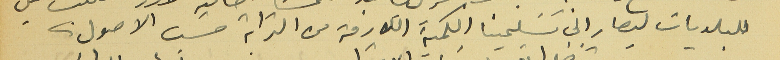
للبلديات ليصار الى تسَليمنا الكمية اللازمة من الترابة حسَب الاصول.